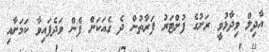
އާދިލް ވިދާޅުވީ ރަށުގެ ފުށްޓަރު ފަރާތުން ދެ ގެއަކަށް ފެން ވަދެފައިވާ ކަމަށާއި